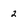
Character: 2